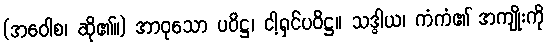
(အဝေါစ၊ ဆို၏။) အာဝုသော ပဝိဋ္ဌ၊ ငါ့ရှင်ပဝိဋ္ဌ။ သဒ္ဓါယ၊ ကံကံ၏ အကျိုးကို